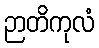
ဉာတိကုလံ